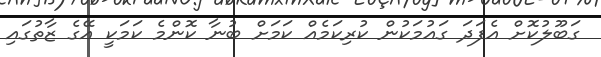
ގަބޫލުކޮށް އެފަދަ ގައުމަކުން ކުރިކަމެއް ކަމަށް ބުނާ ކޮންމެ ކަމަކީ އޭގެ ޒާތުގައި